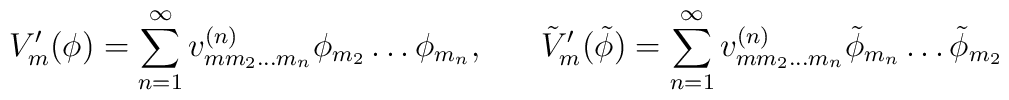
V'_{m}(\phi) = \sum_{n=1}^{\infty} v^{(n)}_{m m_{2} \ldots m_{n}} \phi_{m_{2}} \ldots \phi_{m_{n}}, \;\;\;\;\;\; \tilde{V}'_{m} (\tilde{\phi}) = \sum_{n=1}^{\infty} v^{(n)}_{m m_{2} \ldots m_{n}} \tilde{\phi}_{m_{n}} \ldots \tilde{\phi}_{m_{2}}